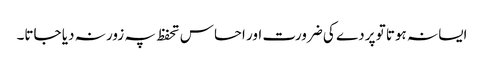
ایسا نہ ہوتا تو پردے کی ضرورت اور احساس تحفظ پہ زور نہ دیا جاتا۔